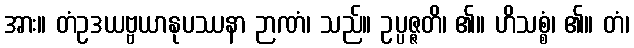
အား။ တံဥဒယဗ္ဗယာနုပဿနာ ဉာဏံ၊ သည်။ ဥပ္ပဇ္ဇတိ၊ ၏။ ဟိသစ္စံ၊ ၏။ တံ၊